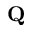
\mathbf { Q }